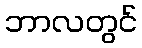
ဘာလတွင်